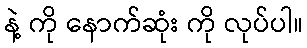
နဲ့ ကို နောက်ဆုံး ကို လုပ်ပါ။